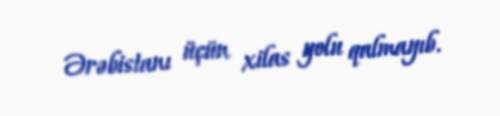
Ərəbistanı üçün xilas yolu qalmayıb.